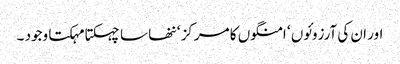
اور ان کی آرزوئوں ‘ امنگوں کا مرکز ‘ ننھا سا چہکتا مہکتا وجود ۔